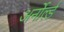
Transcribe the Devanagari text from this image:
अर्नोर्ल्ड